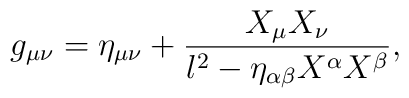
g_{\mu\nu}= \eta _{\mu\nu} +\frac{X_\mu X_\nu }{l^2-\eta _{\alpha\beta}X^\alpha X^\beta},